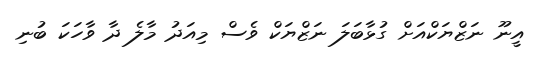
އީނޫ ނަޒްޔަކްއަށް ގުޅާބަލަ ނަޒްޔަކް ވެސް މިއަދު މާލެ ދާ ވާހަކަ ބުނި